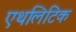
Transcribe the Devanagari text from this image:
एथलिटिक